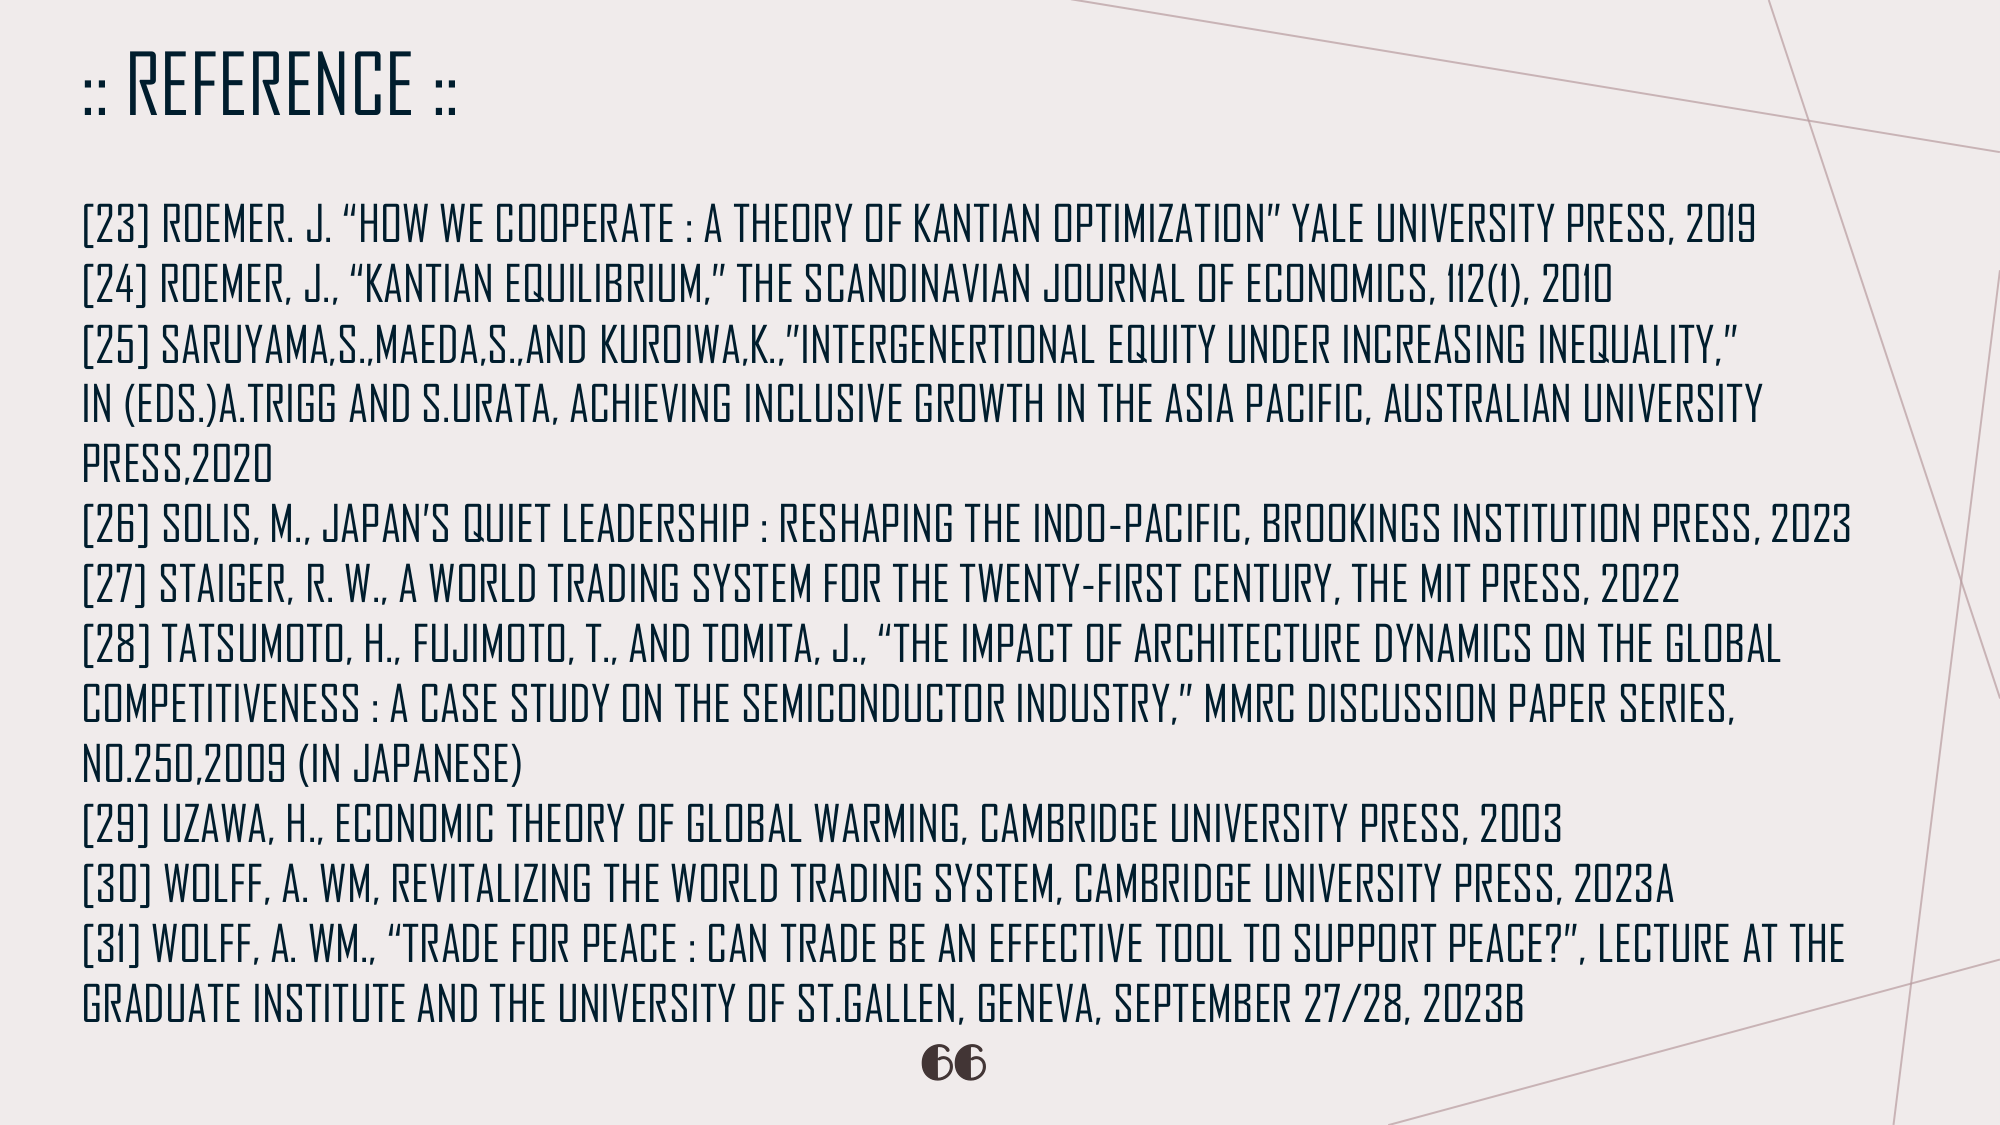
:: REFERENCE ::

[23] ROEMER. J. "HOW WE COOPERATE : A THEORY OF KANTIAN OPTIMIZATION" YALE UNIVERSITY PRESS, 2019
[24] ROEMER, J., "KANTIAN EQUILIBRIUM," THE SCANDINAVIAN JOURNAL OF ECONOMICS, 112(1), 2010
[25] SARUYAMA,S.,MAEDA,S.,AND KUROIWA,K., "INTERGENERNTIONAL EQUITY UNDER INCREASING INEQUALITY," IN (EDS.)A.TRIGG AND S.URATA, ACHIEVING INCLUSIVE GROWTH IN THE ASIA PACIFIC, AUSTRALIAN UNIVERSITY PRESS,2020
[26] SOLIS, M., JAPAN'S QUIET LEADERSHIP : RESHAPING THE INDO-PACIFIC, BROOKINGS INSTITUTION PRESS, 2023
[27] STAIGER, R. W., A WORLD TRADING SYSTEM FOR THE TWENTY-FIRST CENTURY, THE MIT PRESS, 2022
[28] TATSUMOTO, H., FUJIMOTO, T., AND TOMITA, J., "THE IMPACT OF ARCHITECTURE DYNAMICS ON THE GLOBAL COMPETITIVENESS : A CASE STUDY ON THE SEMICONDUCTOR INDUSTRY," MMRC DISCUSSION PAPER SERIES, NO.250,2009 (IN JAPANESE)
[29] UZAWA, H., ECONOMIC THEORY OF GLOBAL WARMING, CAMBRIDGE UNIVERSITY PRESS, 2003
[30] WOLFF, A. WM, REVITALIZING THE WORLD TRADING SYSTEM, CAMBRIDGE UNIVERSITY PRESS, 2023A
[31] WOLFF, A. WM., "TRADE FOR PEACE : CAN TRADE BE AN EFFECTIVE TOOL TO SUPPORT PEACE?", LECTURE AT THE GRADUATE INSTITUTE AND THE UNIVERSITY OF ST.GALLEN, GENEVA, SEPTEMBER 27/28, 2023B

66